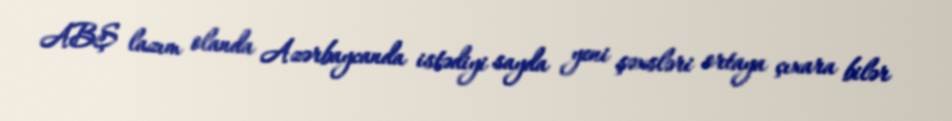
ABŞ lazım olanda Azərbaycanda istədiyi sayda yeni şəxsləri ortaya çıxara bilər